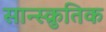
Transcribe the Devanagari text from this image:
सान्स्क्रुतिक